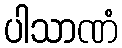
ပါသာဏံ